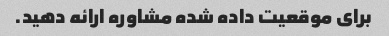
برای موقعیت داده شده مشاوره ارائه دهید.